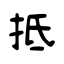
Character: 抵